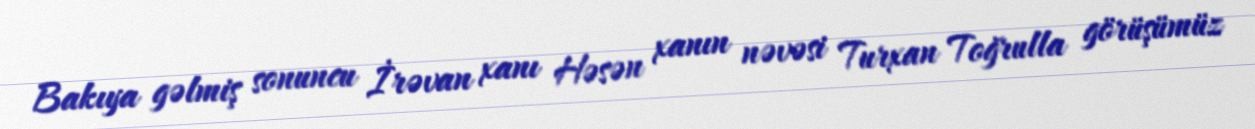
Bakıya gəlmiş sonuncu İrəvan xanı Həsən xanın nəvəsi Turxan Toğrulla görüşümüz